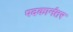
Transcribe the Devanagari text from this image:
पदकानंतर